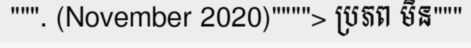
""". (November 2020)""""> ប្រភព មិន"""